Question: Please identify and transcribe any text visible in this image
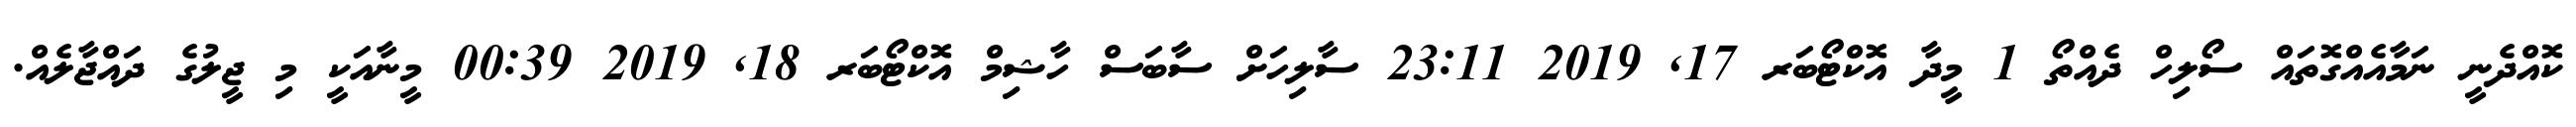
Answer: ކޮއްދެނީ ނަމާއެއްގޮތައް ސޯލިހް ދެއްތޯ 1 މީދާ އޮކްޓޯބަރ 17, 2019 23:11 ސާލިހަށް ސާބަސް ހާޝިމް އޮކްޓޯބަރ 18, 2019 00:39 މީނާއަކީ މި ޖީލުގެ ދައްޖާލެއް.